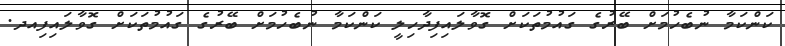
ކަންކަމާ ނުބެހުމަށް ބޭރުގެ ގައުމުތަކަށް ގޮވާލައިފިދާހިލީ ކަންކަމާ ނުބެހުމަށް ބޭރުގެ ގައުމުތަކަށް ގޮވާލައިފިއދ.